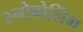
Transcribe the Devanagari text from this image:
स्नोबोलिंग